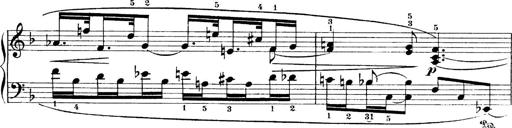
Title: 4 Sonatines
Composer: Max Reger